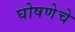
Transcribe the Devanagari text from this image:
घोषणेचे